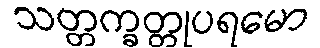
သတ္တက္ခတ္တုပရမော